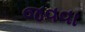
જવવા